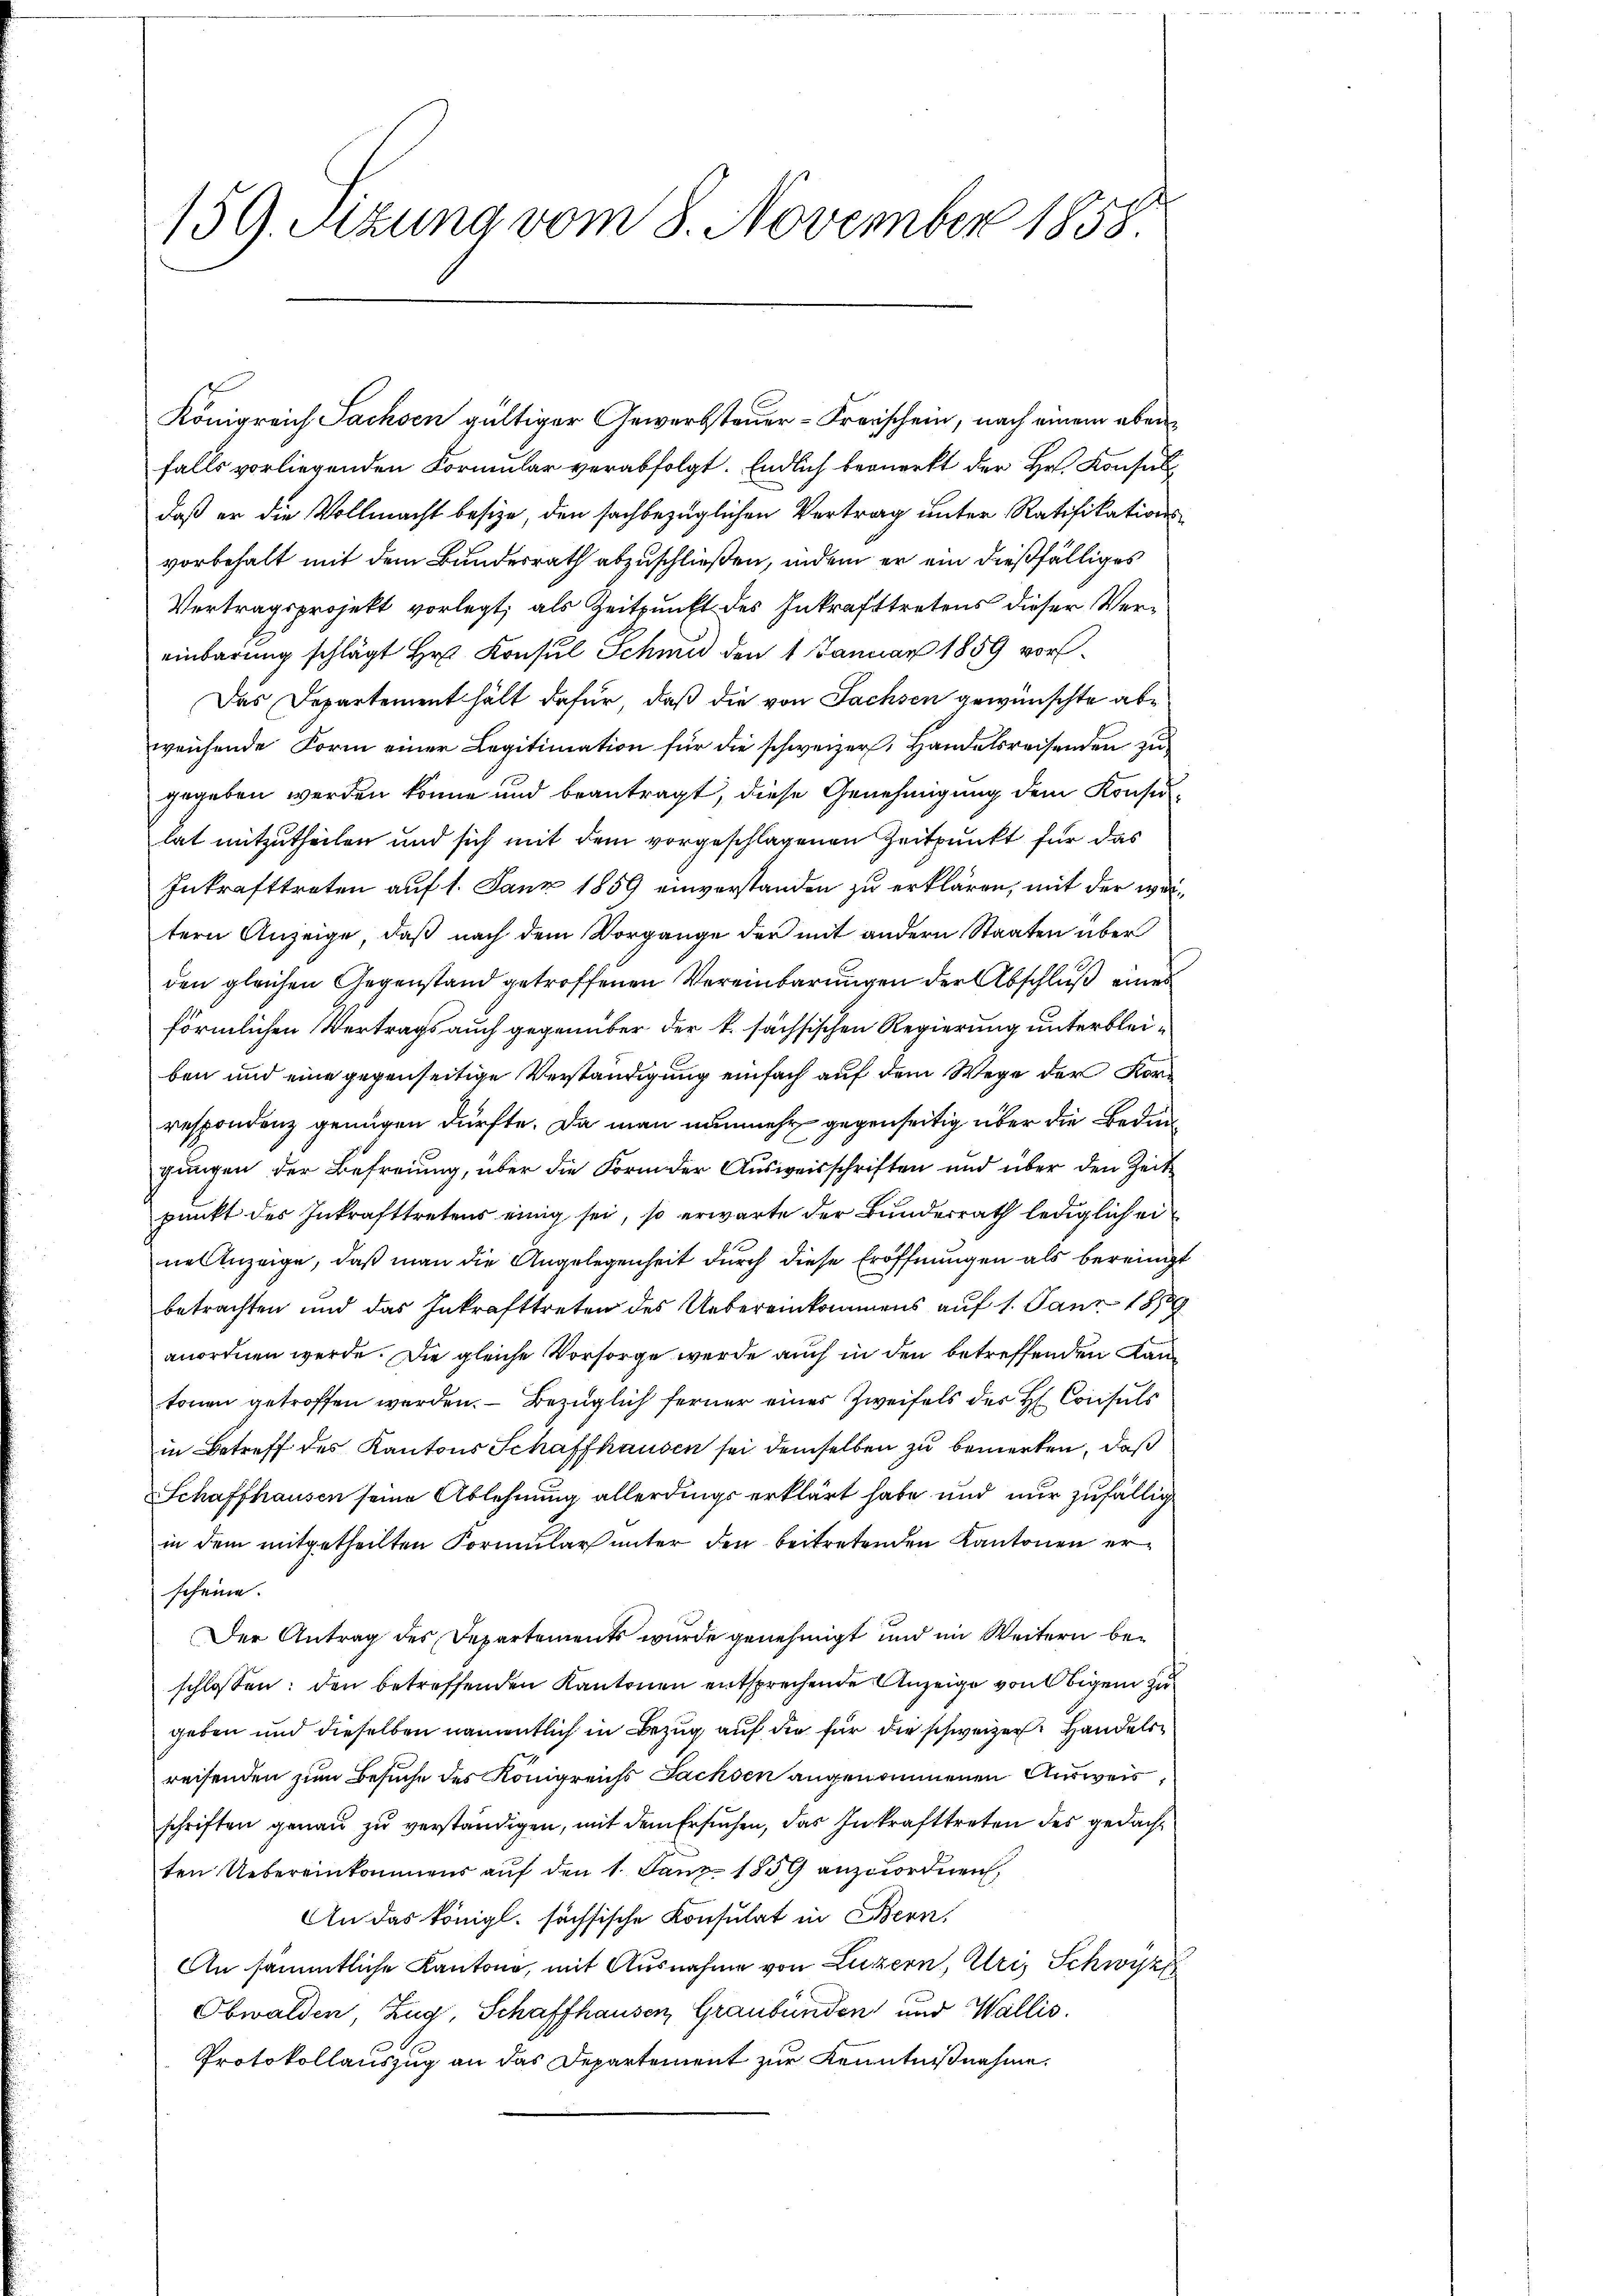
159. Sitzung vom 8. November 1858.

Königreich Sachsen gültiger Gewerbsteuer-Franschein, nach einem ebenfalls vorliegenden Formular verabfolgt. Endlich bemerkt der Hr. Konsul
daß er die Vollmacht besize, den sachbezüglichen Vertrag unter Ratifikationsvorbehalt mit dem Bundesrath abzuschließen, indem er ein dießfälliges
Vertragsprojekt vorlegt, als Zeitpunkt des Inkrafttretens dieser Vereinbarung schlägt Hr. Konsul Schmid den 1 Januar 1859 vor¬
Das Departement hält dafür, daß die von Sachsen gewünschte abe
weichende Form einer Legitimation für die schweizer, Handelsreisenden zugegeben werden könne und beantragt, diese Genehmigung dem Konsulat mitzutheilen und sich mit dem vorgeschlagenen Zeitpunkt für das
Inkrafttreten auf 1. Janz 1859 einverstanden zu erklären, mit der weitern Anzeige, daß nach dem Vorgange der mit andern Staaten über
den gleichen Gegenstand getroffenen Vereinbarungen der Abschluß eines
förmlichen Vertrags auch gegenüber der k. sächsischen Regierung unterbleiben und eine gegenseitige Verständigung einfach auf dem Wege der Korrespondenz genügen dürfte. Da man nunmehr gegenseitig über die Bedingungen der Befreiung, über die Form der Ausweisschriften und über den Zeit
punkt des Inkrafttretens einig sei, so erwarte der Bundesrath lediglich ei
ne Anzeige, daß man die Angelegenheit durch diese Eröffnungen als bereint
betrachten und das Inkrafttreten des Uebereinkommens auf 1. Janz 1889
anordnen werde. Die gleiche Vorsorge werde auch in den betreffenden Kantonen getroffen werden. — Bezüglich ferner einer Zweifels des H Consuls
in Betreff des Kantons Schaffhausen sei demselben zu bemerken, daß
Schaffhausen seine Ablehnung allerdings erklärt habe und nur zufällig
in dem mitgetheilten Formulars unter den beitretenden Kantonen erscheine.
Der Antrag des Departements wurde genehmigt und im Weitern beschlossen: den betreffenden Kantonen entsprechende Anzeige von Obigen zu
geben und dieselben namentlich in Bezug auf die für die schweizer Handelsreifenden zum Besuche des Königreichs Sachsen angenommenen Ausweis
schriften genau zu verständigen, mit dem Ersuchen, das Inkrafttreten des gedacht
ten Uebereinkommens aŭf den 1. Janz. 1859 anzuordnen,
An das königl. söchsische Konsulat in Bern,
An sämmtliche Kantone, mit Ausnahme von Luzern, Uri, Schwyz
Obwalden, Zug, Schaffhausen, Graubünden und Wallis.
Protokollauszug an das Departement zur Kenntnißnahme